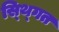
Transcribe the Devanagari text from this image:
स्थ्गित